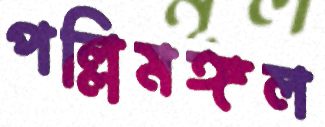
পল্লিমঙ্গল